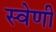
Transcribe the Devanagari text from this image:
स्वेणी